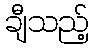
ချီသည့်